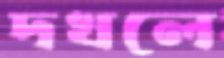
দখলে